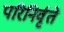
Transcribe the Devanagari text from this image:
परिनिर्वृते